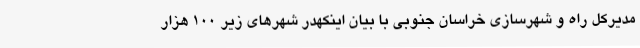
مدیرکل راه و شهرسازی خراسان جنوبی با بیان اینکهدر شهرهای زیر 100 هزار